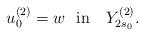
LaTeX: \begin{align*}u_0^{(2)}=w\ \ \mbox{in}\ \ \ Y_{2s_0}^{(2)}.\end{align*}